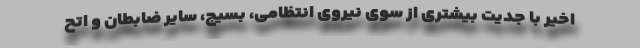
اخیر با جدیت بیشتری از سوی نیروی انتظامی، بسیج، سایر ضابطان و اتح